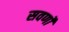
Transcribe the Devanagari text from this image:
सवर्णो